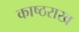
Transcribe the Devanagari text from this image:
काष्ठराख